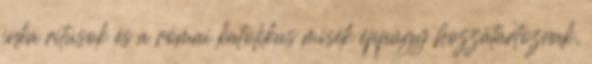
inka ritusok és a római katolikus misék éppúgy hozzátartoznak,